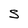
Character: S